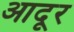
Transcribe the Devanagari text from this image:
आदूर